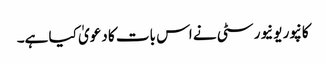
کانپور یونیورسٹی نے اس بات کا دعویٰ کیا ہے۔